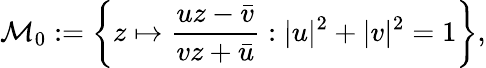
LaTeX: {\mathcal{M}}_{0}:=\left\{ z\mapsto{\frac{uz-{\bar{v}}}{vz+{\bar{u}}}}:|u|^{2}+|v|^{2}=1\right\} ,